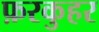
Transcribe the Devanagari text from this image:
फ़रकुहर